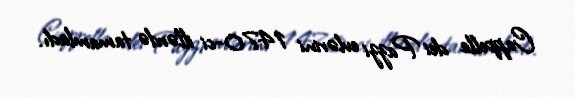
Cappella dei Pazzi evlərini 1470-ci illərdə tamamladı.